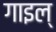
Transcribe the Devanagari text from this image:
गाइल्